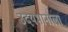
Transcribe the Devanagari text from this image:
उदयभानाला